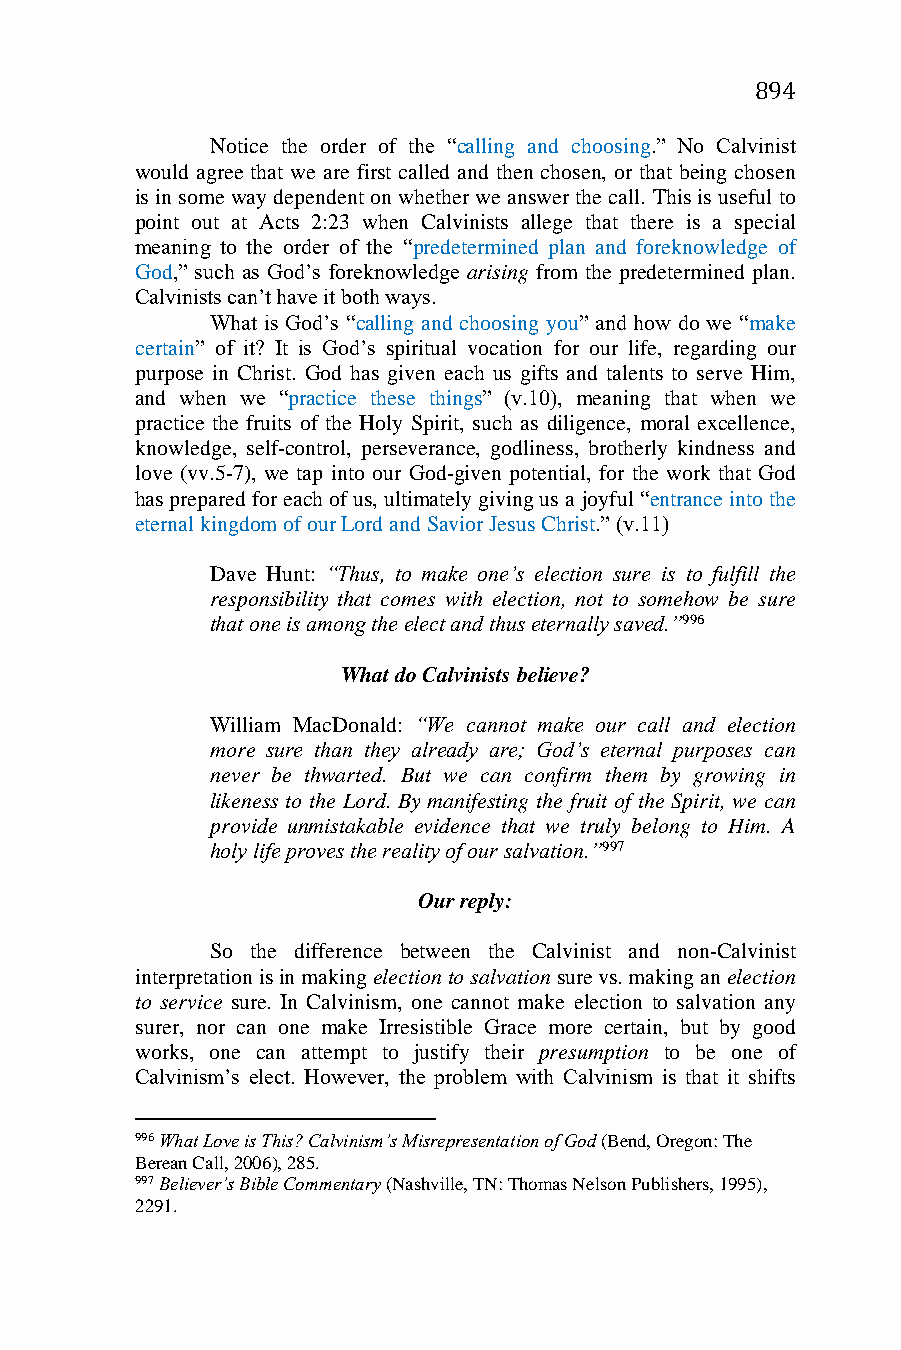
894
 Notice the order of the “calling and choosing.” No Calvinist
 would agree that we are first called and then chosen, or that being chosen
 is in some way dependent on whether we answer the call. This is useful to
 point out at Acts 2:23 when Calvinists allege that there is a special
 meaning to the order of the “predetermined plan and foreknowledge of
 God,” such as God’s foreknowledge arising from the predetermined plan.
 Calvinists can’t have it both ways.
 What is God’s “calling and choosing you” and how do we “make
 certain” of it? It is God’s spiritual vocation for our life, regarding our
 purpose in Christ. God has given each us gifts and talents to serve Him,
 and when we “practice these things” (v.10), meaning that when we
 practice the fruits of the Holy Spirit, such as diligence, moral excellence,
 knowledge, self-control, perseverance, godliness, brotherly kindness and
 love (vv.5-7), we tap into our God-given potential, for the work that God
 has prepared for each of us, ultimately giving us a joyful “entrance into the
 eternal kingdom of our Lord and Savior Jesus Christ.” (v.11)
 Dave Hunt: “Thus, to make one’s election sure is to fulfill the
 responsibility that comes with election, not to somehow be sure
 that one is among the elect and thus eternally saved.”996
 What do Calvinists believe?
 William MacDonald: “We cannot make our call and election
 more sure than they already are; God’s eternal purposes can
 never be thwarted. But we can confirm them by growing in
 likeness to the Lord. By manifesting the fruit of the Spirit, we can
 provide unmistakable evidence that we truly belong to Him. A
 holy life proves the reality of our salvation.”997
 Our reply:
 So the difference between the Calvinist and non-Calvinist
 interpretation is in making election to salvation sure vs. making an election
 to service sure. In Calvinism, one cannot make election to salvation any
 surer, nor can one make Irresistible Grace more certain, but by good
 works, one can attempt to justify their presumption to be one of
 Calvinism’s elect. However, the problem with Calvinism is that it shifts
 996 What Love is This? Calvinism’s Misrepresentation of God (Bend, Oregon: The
 Berean Call, 2006), 285.
 997 Believer’s Bible Commentary (Nashville, TN: Thomas Nelson Publishers, 1995),
 2291.